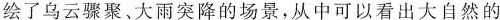
绘了乌云骤聚、大雨突降的场景，从中可以看出大自然的